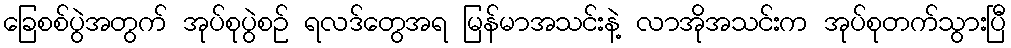
ခြေစစ်ပွဲအတွက် အုပ်စုပွဲစဉ် ရလဒ်တွေအရ မြန်မာအသင်းနဲ့ လာအိုအသင်းက အုပ်စုတက်သွားပြီ